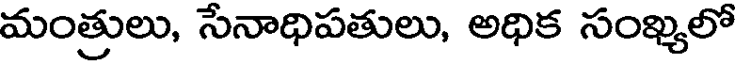
మంత్రులు, సేనాధిపతులు, అధిక సంఖ్యలో